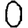
Digit: 0